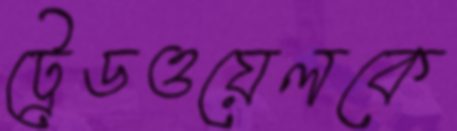
ট্রেডওয়েলকে